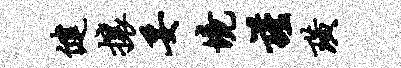
健攘妥境谨璜